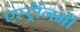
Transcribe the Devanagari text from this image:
एस्‍ट्रॉनमी